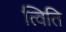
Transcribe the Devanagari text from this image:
त्विति